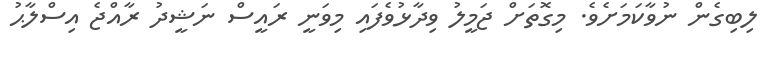
ލިބިގެން ނުވާކަމަށެވެ. މިގޮތަށް ޖަމީލު ވިދާޅުވެފައި މިވަނީ ރައީސް ނަޝީދު ރާއްޖެ އިސްލާޙު